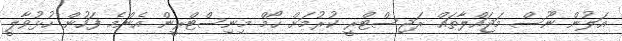
އަލުން ނޫސް މަޖައްލާތައް ރަޖިސްޓްރީ ކުރުމަށް ހޯމް މިނިސްޓްރީން އެންމެ ފަހުން ހުޅުވާލީ